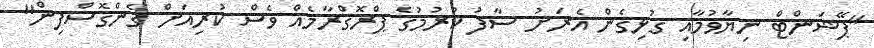
"ޕޭޝަންޓް ނިޔާވުމާއި ގުޅިގެން އެރަށު ސާފު ކުރުމުގެ ޕްރޮގްރާމެއް ވެސް ކުރިއަށް ގެންގޮސްފިން"